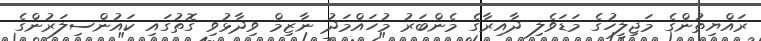
ރައްޔިތުންގެ މަޖިލީހުގެ މަޑަވެލި ދާއިރާގެ މެންބަރު މުހައްމަދު ނާޒިމް ވިދާޅުވި ގޮތުގައި ކައުންސިލަރުންގެ